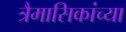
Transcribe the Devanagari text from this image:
त्रैमासिकांच्या